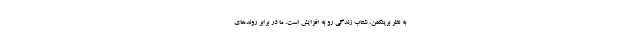
به نظر برینکمن، شتاب زندگی رو به افزایش است. ما در برابر روندهای